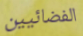
الفضائيين